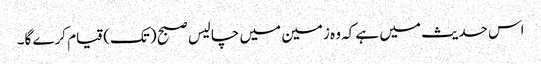
اس حدیث میں ہے کہ وہ زمین میں چالیس صبح (تک) قیام کرے گا۔